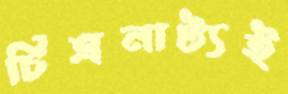
চিত্রনাট্যই